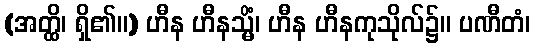
(အတ္ထိ၊ ရှိ၏။) ဟီန ဟီနသ္မိံ၊ ဟီန ဟီနကုသိုလ်၌။ ပဏီတံ၊